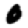
Digit: 0